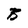
Character: B